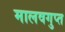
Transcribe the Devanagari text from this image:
मालवगुप्त